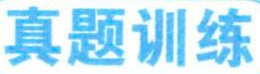
真题训练